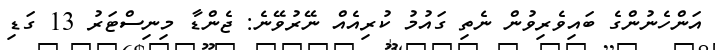
އަންހެނުންގެ ބައިވެރިވުން ނެތި ގައުމު ކުރިއެއް ނޭރުވޭނެ: ޖެންޑާ މިނިސްޓަރު 13 ގަޑި